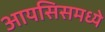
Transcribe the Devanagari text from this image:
आयसिसमध्ये